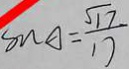
\sin A = \frac { \sqrt { 1 7 } } { 1 7 }